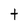
Character: t